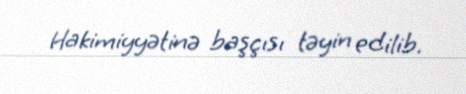
Hakimiyyətinə başçısı təyin edilib.